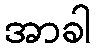
အာခါ